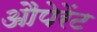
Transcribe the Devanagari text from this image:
औपेरेंट